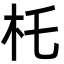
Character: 杔